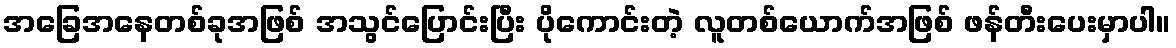
အခြေအနေတစ်ခုအဖြစ် အသွင်ပြောင်းပြီး ပိုကောင်းတဲ့ လူတစ်ယောက်အဖြစ် ဖန်တီးပေးမှာပါ။